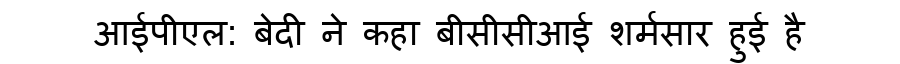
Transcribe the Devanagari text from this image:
आईपीएल: बेदी ने कहा बीसीसीआई शर्मसार हुई है